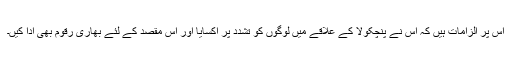
اس پر الزامات ہیں کہ اس نے پنچکولا کے علاقے میں لوگوں کو تشدد پر اکسایا اور اس مقصد کے لئے بھاری رقوم بھی ادا کیں۔